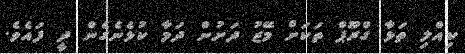
ކިއްލި ތަޅާ ގްރޫޕް ތަކަށް މޭޒު ދަށުން ދަމާ ކުޅެނެގެން ދީ ފައެވެ.